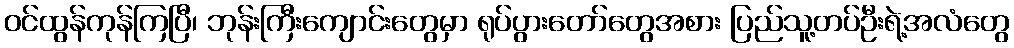
ဝင်ထွန်ကုန်ကြပြီ၊ ဘုန်းကြီးကျောင်းတွေမှာ ရုပ်ပွားတော်တွေအစား ပြည်သူ့တပ်ဦးရဲ့အလံတွေ